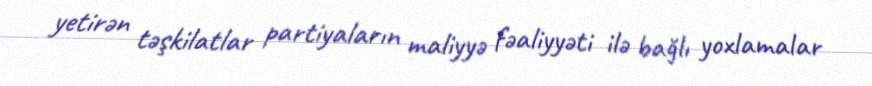
yetirən təşkilatlar partiyaların maliyyə fəaliyyəti ilə bağlı yoxlamalar